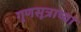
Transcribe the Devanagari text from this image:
गुणसूत्राच्या